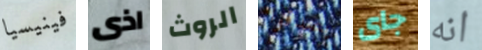
فينيسيا اذى الروث يصدقوا جاى انه